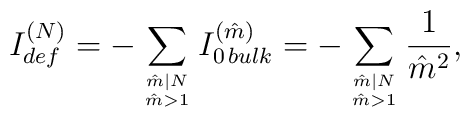
{ I^{(N)}_{def} = -\sum_{\hat{m}|N \atop \hat{m}>1}  I^{(\hat{m})}_{0\,bulk } = -\sum_{\hat{m}|N\atop \hat{m}>1}{1\over{\hat{m}}^2} ,}